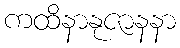
ကထိနာနုဇာနနာ